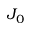
J _ { 0 }